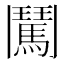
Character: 𮫕